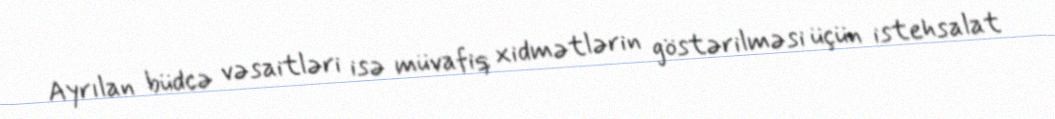
Ayrılan büdcə vəsaitləri isə müvafiq xidmətlərin göstərilməsi üçün istehsalat